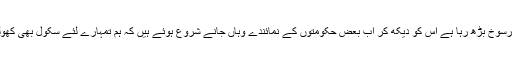
اب عربوں میں سے تیل کے پیسے والے تو یہاں آئے نہیں لیکن جماعت کا جب یہ اثر و رسوخ بڑھ رہا ہے اس کو دیکھ کر اب بعض حکومتوں کے نمائندے وہاں جانے شروع ہوئے ہیں کہ ہم تمہارے لئے سکول بھی کھولیں گے اور ہسپتال بھی کھولیں گے اور کالج بھی کھولیں گے اور پھر مدد بھی دیں گے۔